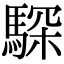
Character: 𩤞